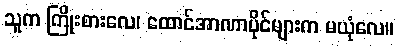
သူက ကြိုးစားလေ၊ ထောင်အာဏာပိုင်များက မယုံလေ။